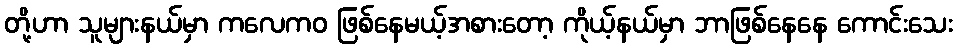
တို့ဟာ သူများနယ်မှာ ကလေကဝ ဖြစ်နေမယ့်အစားတော့ ကိုယ့်နယ်မှာ ဘာဖြစ်နေနေ ကောင်းသေး